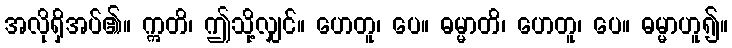
အလိုရှိအပ်၏။ ဣတိ၊ ဤသို့လျှင်။ ဟေတူ၊ ပေ။ ဓမ္မာတိ၊ ဟေတူ၊ ပေ။ ဓမ္မာဟူ၍။